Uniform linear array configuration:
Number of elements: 24
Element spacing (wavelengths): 1
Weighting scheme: exponential
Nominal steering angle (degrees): -30
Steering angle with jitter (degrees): -29.697
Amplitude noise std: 0.05
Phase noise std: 0.05

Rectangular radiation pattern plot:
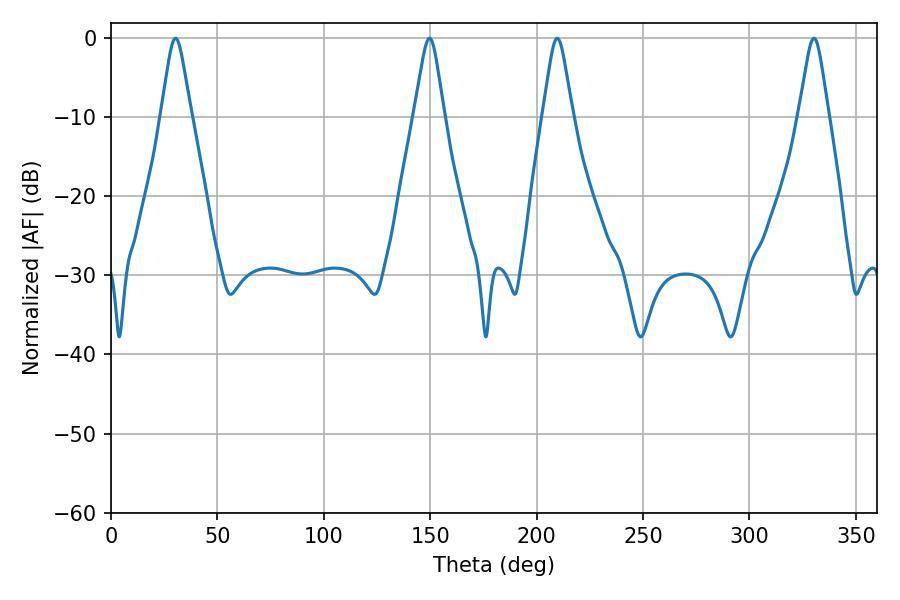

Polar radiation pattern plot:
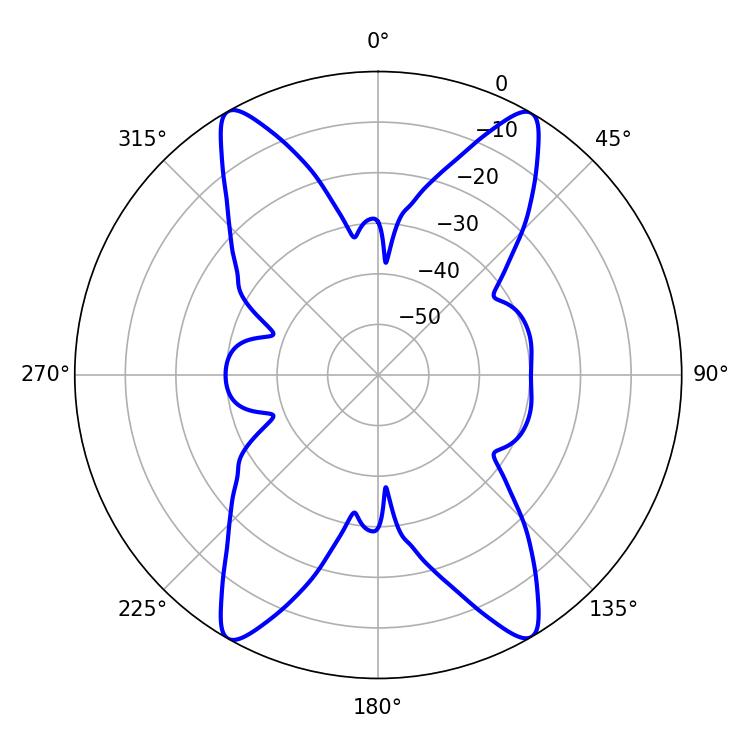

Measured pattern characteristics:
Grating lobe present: TRUE
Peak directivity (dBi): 28.522
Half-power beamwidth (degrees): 6.66
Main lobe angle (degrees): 209.7